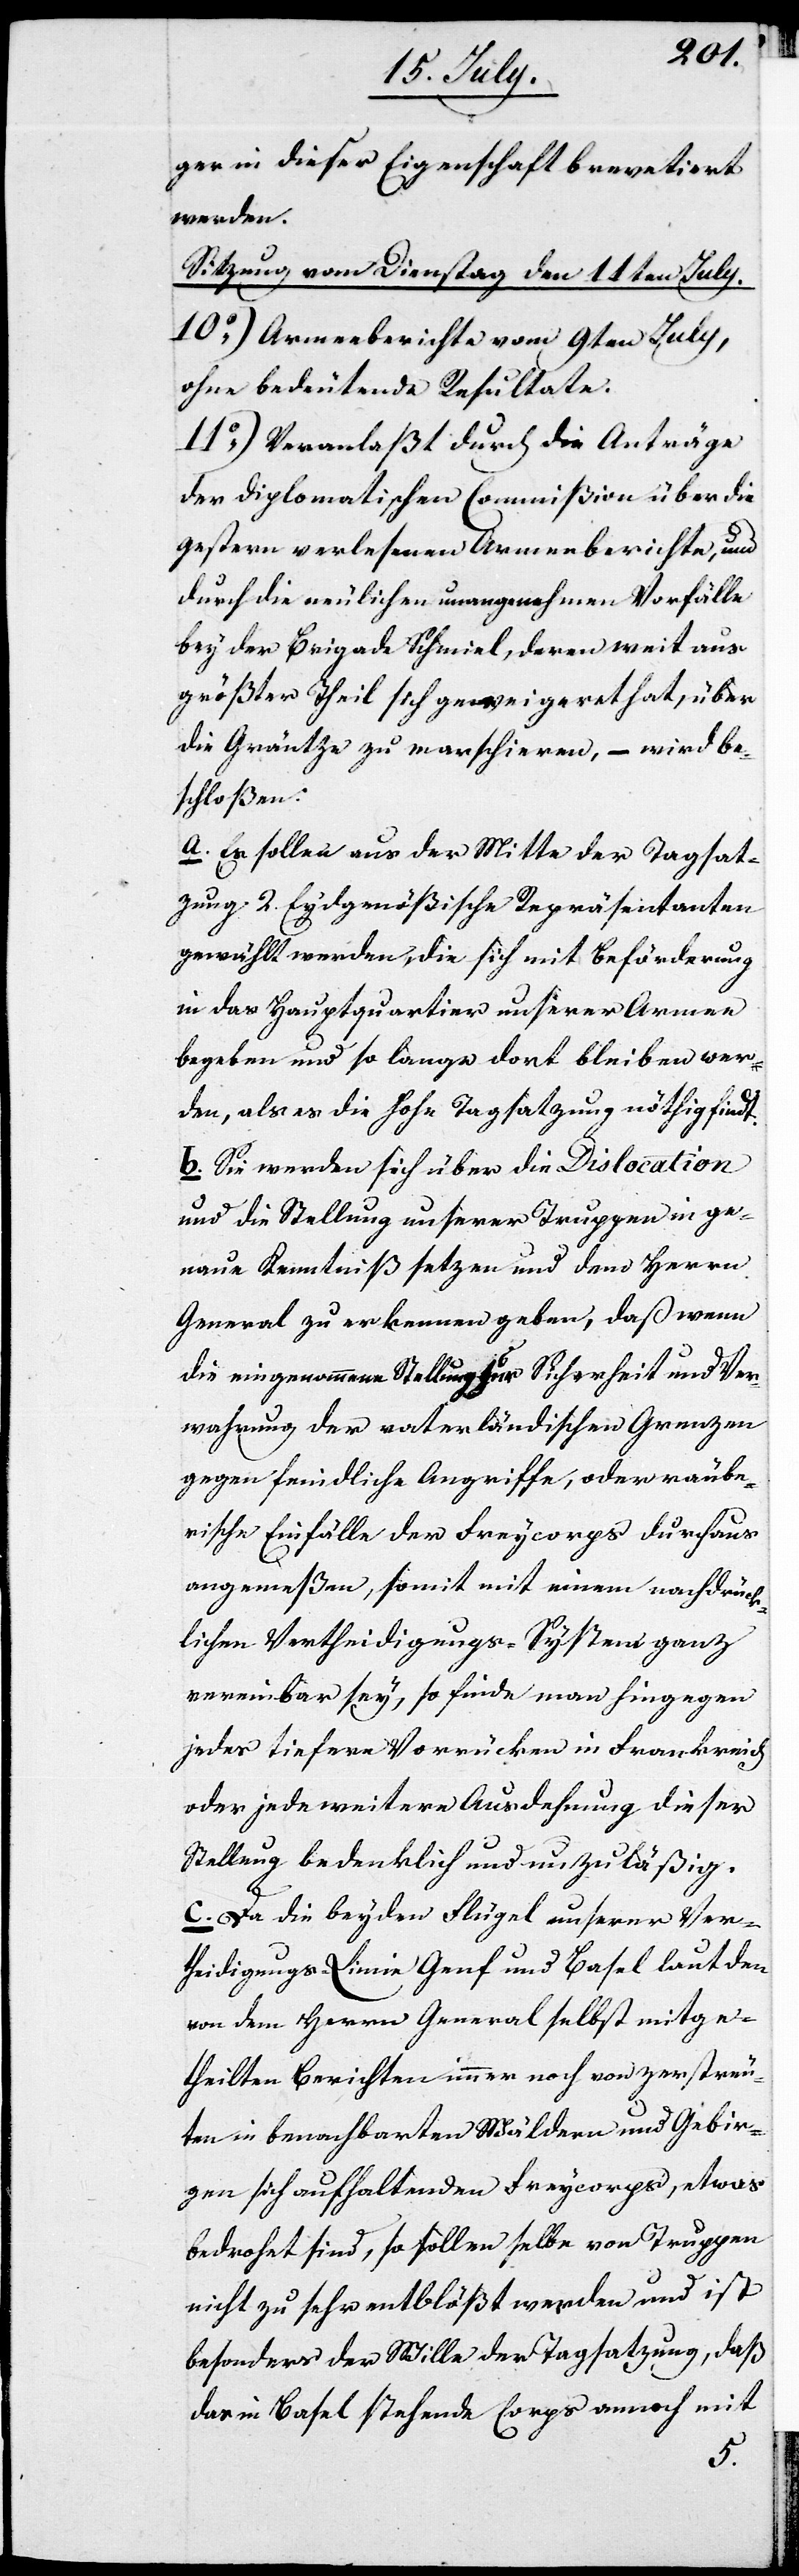
ger in dieser Eigenschaft brevetiert
werden.
Sitzung von Dienstag den 11ten July.
10.) Armeeberichte vom 9ten July,
ohne bedeutende Resultate.
11.) Veranlaßt durch die Anträge
der Diplomatischen Commißion über die
gestern verlesenen Armeeberichte, und
durch die neulichen unangenehmen Vorfälle
bey der Brigade Schmiel, deren weit aus
größter Theil sich geweigeret hat, über
die Gräntze zu marschieren, wird be¬
schloßen:
a. Es sollen aus der Mitte der Tagsat¬
zung 2. Eydgenößische Repräsentanten
gewählt werden, die sich mit Beförderung
in das Hauptquartier unserer Armee
begeben und so lange dort bleiben wer¬
den, als es die Hohe Tagsatzung nöthig findet.
b. Sie werden sich über die Dislocation
und die Stellung unserer Truppen in ge¬
naue Kenntniß setzen und dem Herrn
General zu erkennen geben, daß wenn
die eingenommene Stellung zur Sicherheit und Ver¬
wahrung der vaterländischen Grenzen
gegen feindliche Angriffe, oder räube¬
rische Einfälle der Freycorps durchaus
angemeßen, somit mit einem nachdrück¬
lichen Vertheidigungs-System ganz
vereinbar sey, so finde man hingegen
jedes tiefere Vorrücken in Frankreich
oder jede weitere Ausdehnung dieser
Stellung bedenklich und unzuläßig.
c. Da die beyden Flügel unserer Ver¬
theidigungs-Linie Genf und Basel laut den
von dem Herrn General selbst mitge¬
theilten Berichten immer noch von zerstreu¬
ten in benachbarten Wäldern und Gebir¬
gen sich aufhaltenden Freycorps, etwas
bedroht sind, so sollen selbe von Truppen
nicht zu sehr entblößt werden und ist
besonders der Wille der Tagsatzung, daß
das in Basel stehende Corps annoch mit